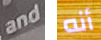
and أنه